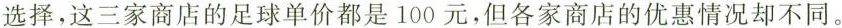
选择，这三家商店的足球单价都是100元，但各家商店的优惠情况却不同。